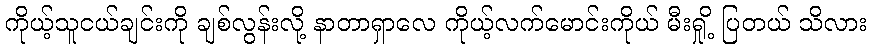
ကိုယ့်သူငယ်ချင်းကို ချစ်လွန်းလို့ နာတာရှာလေ ကိုယ့်လက်မောင်းကိုယ် မီးရှို့ ပြတယ် သိလား